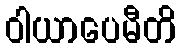
ဝါယာပေမီတိ